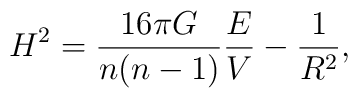
H^2 = \frac{16\pi G}{n(n-1)} \frac{E}{V} -\frac{1}{R^2},